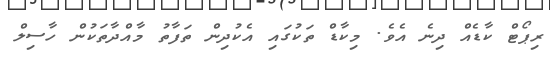
ރިޕޯޓް ކާޑެއް ދިނެ އެވެ. މިކާޑް ތަކުގައި އެކުދިން ތަފާތު މާއްދާތަކުން ހާސިލް